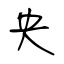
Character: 央